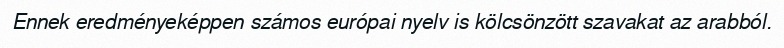
Ennek eredményeképpen számos európai nyelv is kölcsönzött szavakat az arabból.